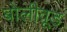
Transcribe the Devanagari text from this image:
बोलीवूड